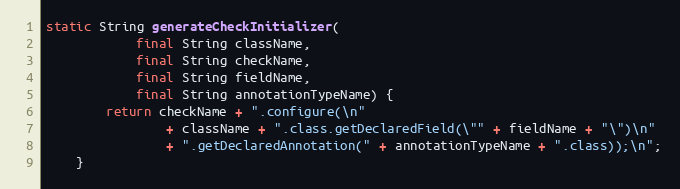
Language: Java
static String generateCheckInitializer(
            final String className,
            final String checkName,
            final String fieldName,
            final String annotationTypeName) {
        return checkName + ".configure(\n"
                + className + ".class.getDeclaredField(\"" + fieldName + "\")\n"
                + ".getDeclaredAnnotation(" + annotationTypeName + ".class));\n";
    }